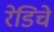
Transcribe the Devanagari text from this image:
रेडिचे